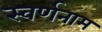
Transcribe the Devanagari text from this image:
स्वर्णनाम